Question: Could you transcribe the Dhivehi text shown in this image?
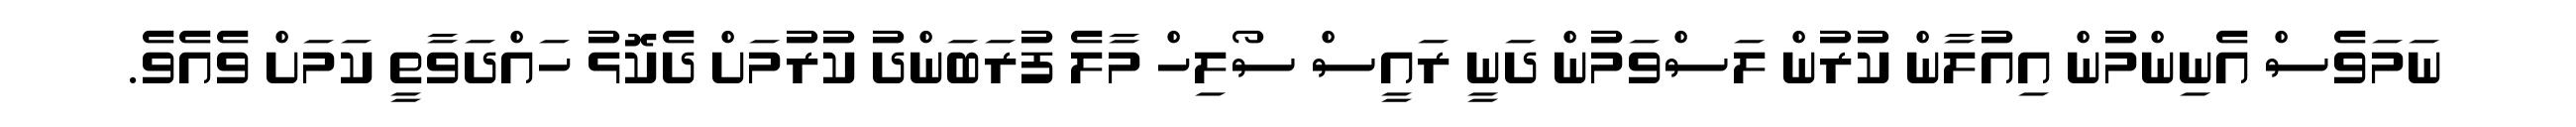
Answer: ނަމަވެސް އެނިންމުން އިއުލާން ކުރުން ލަސްވަމުން ދަނީ ރައީސް ސޯލިހް މާލެ ފުރަބަންދު ކުރުމަށް ދެކޮޅު ހައްދަވާތީ ކަމަށް ވެއެވެ.